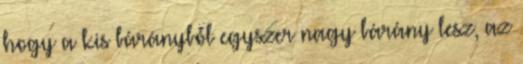
hogy a kis bárányból egyszer nagy bárány lesz, az